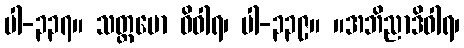
ပါ-၃၃၇။ သတ္တဗော ဓိဝါရ၊ ပါ-၃၃၉။ ။အဘိညာဒိဝါရ၊